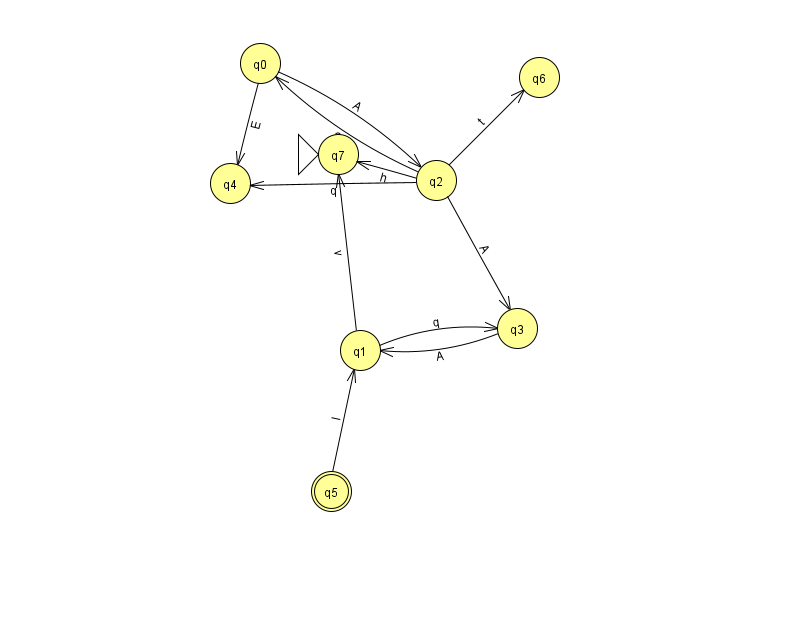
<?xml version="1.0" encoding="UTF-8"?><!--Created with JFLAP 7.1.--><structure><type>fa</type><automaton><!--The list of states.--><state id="0" name="q0"><x>260.0</x><y>50.0</y></state><state id="1" name="q1"><x>360.0</x><y>337.0</y></state><state id="2" name="q2"><x>436.0</x><y>167.0</y></state><state id="3" name="q3"><x>517.0</x><y>315.0</y></state><state id="4" name="q4"><x>230.0</x><y>170.0</y></state><state id="5" name="q5"><x>331.0</x><y>478.0</y><final/></state><state id="6" name="q6"><x>539.0</x><y>64.0</y></state><state id="7" name="q7"><x>338.0</x><y>141.0</y><initial/></state><!--The list of transitions.--><transition><from>0</from><to>2</to><read>A</read></transition><transition><from>2</from><to>4</to><read>q</read></transition><transition><from>0</from><to>4</to><read>E</read></transition><transition><from>1</from><to>3</to><read>q</read></transition><transition><from>3</from><to>1</to><read>A</read></transition><transition><from>1</from><to>7</to><read>v</read></transition><transition><from>2</from><to>6</to><read>t</read></transition><transition><from>2</from><to>7</to><read>h</read></transition><transition><from>2</from><to>0</to><read>O</read></transition><transition><from>2</from><to>3</to><read>A</read></transition><transition><from>5</from><to>1</to><read>l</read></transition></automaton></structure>